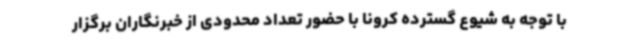
با توجه به شیوع گسترده کرونا با حضور تعداد محدودی از خبرنگاران برگزار